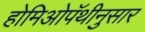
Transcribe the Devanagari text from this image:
होमिओपॅथीनुसार